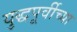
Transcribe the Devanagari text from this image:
युद्धपूर्वीच्या